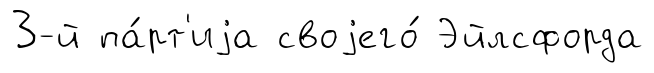
3-й па́рт'иjа своjего́ Эйлсфорда